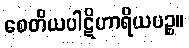
စေတိယပါဋိဟာရိယပဉ္စ။